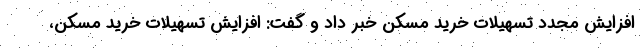
افزایش مجدد تسهیلات خرید مسکن خبر داد و گفت: افزایش تسهیلات خرید مسکن،